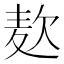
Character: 𮮅